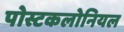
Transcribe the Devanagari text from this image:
पोस्टकलोनियल